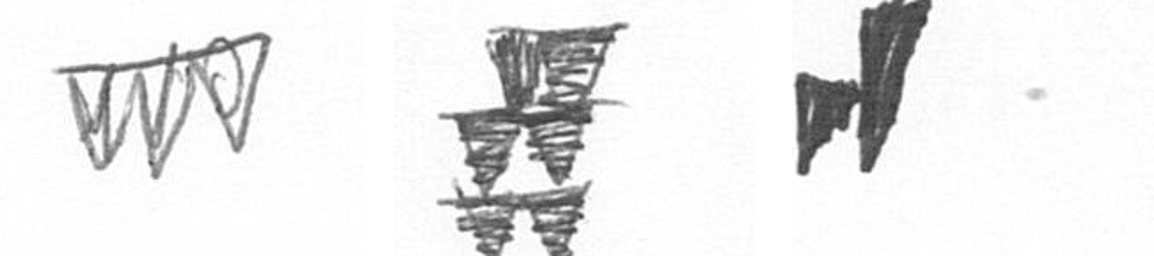
L Y M